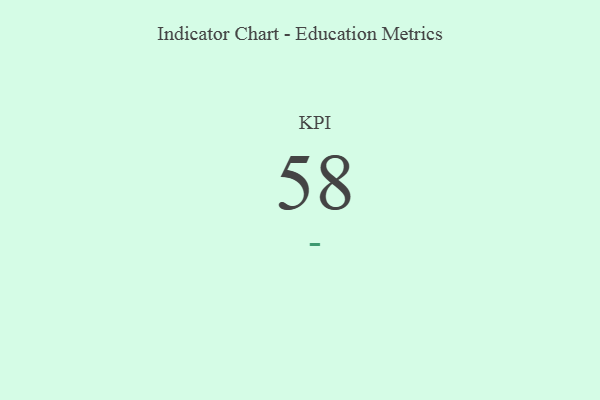
{"axis": {"x": "KPI", "y": "Value"}, "legend": [""], "data": [{"x": "KPI", "y": 58, "type": ""}]}